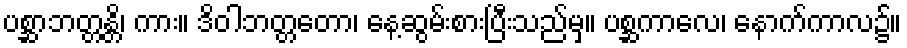
ပစ္ဆာဘတ္တန္တိ၊ ကား။ ဒိဝါဘတ္တတော၊ နေ့ဆွမ်းစားပြီးသည်မှ။ ပစ္ဆကာလေ၊ နောက်ကာလ၌။